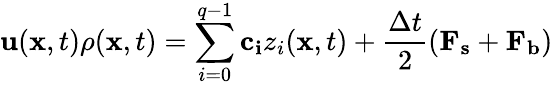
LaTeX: \mathbf{u}(\mathbf{x},t)\rho(\mathbf{x},t)=\sum_{i=0}^{q-1}\mathbf{c_{i}}z_{i}(\mathbf{x},t)+\frac{\Delta t}{2}(\mathbf{F_{s}}+\mathbf{F_{b}})